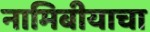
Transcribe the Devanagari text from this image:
नामिबीयाचा